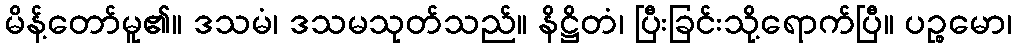
မိန့်တော်မူ၏။ ဒသမံ၊ ဒသမသုတ်သည်။ နိဋ္ဌိတံ၊ ပြီးခြင်းသို့ရောက်ပြီ။ ပဉ္စမော၊